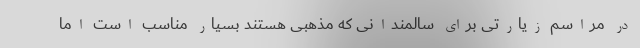
در مراسم زیارتی برای سالمندانی که مذهبی هستند بسیار مناسب است اما